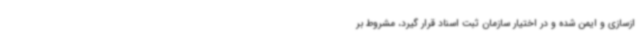
ازسازی و ایمن شده و در اختیار سازمان ثبت اسناد قرار گیرد، مشروط بر